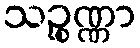
သဉ္စုဏ္ဏာ